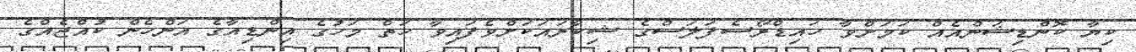
ކިޔާ ކޮންޑިޝަންއެއް ކަމަށްވާ ހައިޑްރޯސެފަލަސްގެ ޝިކާރައަކަށްވެފައިވާ ހަތް މަހުގެ އިންޑިއާގެ އަންހެން ކުއްޖެއްގެ